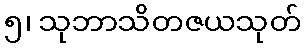
၅၊ သုဘာသိတဇယသုတ်